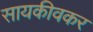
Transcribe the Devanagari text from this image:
सायकीवकर